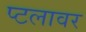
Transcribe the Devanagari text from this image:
प्टलावर